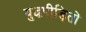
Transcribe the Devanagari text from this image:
युद्धपीड़ितों